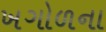
ખગોળના